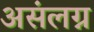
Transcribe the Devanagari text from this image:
असंलग्न